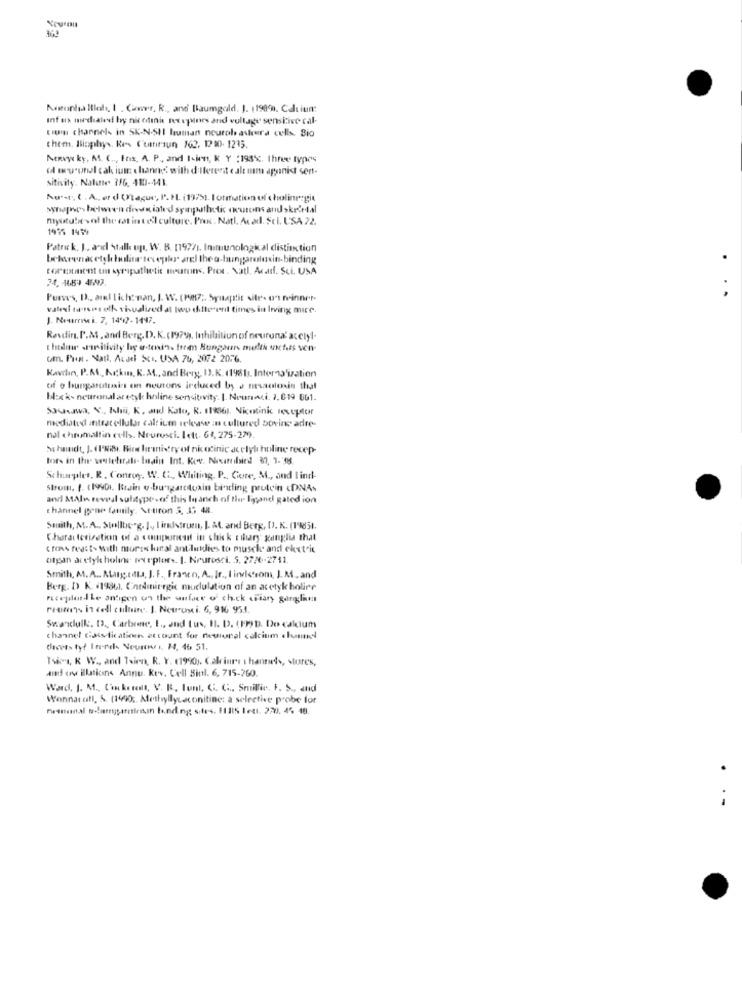
Noronha Blah, I . Cimr. R ., and [taumgold. J. 11989). Calcium:
Inf ux mirdales by nicolini retepines and vullage sensitive cal-
Liga channel- in SK-N-SHI human neurob askera cells. Bio
them. Biophys. Res Curaun 162, 12 90. 1235.
Menvye ky, M. C ., Ftiz, A. P, and Isien, K Y :198%, three types
dl myundl tak iute thannd' with different e alt mm agonist sent-
sitivity. Nalate 3/6, 410-441.
Aust. ( . A ., er d (Rague, P. HL. (19751. I ormation of cholinergic
synopnes between diviated sympathetic outons and skeletal
Miyotubntsof the cat into'l culture. Prec. Natl. Acad. Sci. USA 22.
1935 1499
Patrick. J ., and Stalk up, W. B. [1977), Inimiunological distinction
Foripiment un syripathetic neurons. Prex . Xatl. Acatf. Sci. USA
74. 1683 4647.
Purse's, D ., arel licht man, J. W. (1987 ;. Synaptit vite. 0' mvinner-
valeaf tarsie elk thyalized at two different times in living mice.
J. Neurrei. 7, 1442- 1447.
Resdin. P.M. and Berg. D. K. (1979), Inhibition of neuruna' acclyl-
theditw suritivity he e-tend". frem Bungaur melth unetais sen-
om. Prot. Natl, Avdel Sci. USA 76, 2072 2076
Kavelin, P.A ., Kckmn, K. A ., and Berg, I).K. 11981). Interw3'ization
of o bungarotuains en neurons induced by s nesaotoxin that
box k- neuronal aretyle haline sensitivity. |. Neunaci. 7. 619 661.
53usawa, Y ., Ichi, K, and Kato, R. 1186y, Nicotinic receptor
mediated intracellular caltium release in cultured bovine adre-
nal chrumaltin cells. Neurosci. lett. 68, 275-279
> hanet, J. (l'Nili. Birs hranistry of nicotinic ac elythline recep-
Schurples, R. Conroy, W. C ., Whiting. P ., Gore, M ., and Iind-
strom. I. (19901. Brain v-bungarotoxin biling protein <DNA-
and MAln reveal subtypes of this In anch of the ligand gated ion
thannel gone family. \t-tiron 5, 35 48.
Smith, M.A ., Stellte"g. J ., lindstrom, J. A. and Berg, [J. K. (19851.
Characterization of a computest in whisk sihary ganglia that
trins rejst> With mores kanal antilutdies to musch. and chetrit
ofgan ar elyk holinr receptors. I. Neurosci. 5. 27/6-2711.
Smith, M.A ., Margarita, J. F ., Franco, A, Jr ., 1 indesom, J. M, and
Berg. D. K. (1984). Cnodiniergic muclulation of an acetyk holire
nicepilot-ILe antigen un the auface of chick Fiary garglimt
reum's in cell culture. J. Neuroni. 6, 916 953.
Swanclulk. D ., Carbone, L ., and tus, I. D. (PP)D. Do calcium
channel Casefication account for neuronel calcium channel
decets ty! Inrds Neurow .. 14, 46 51.
Tsims, K W ., and Tien, R. Y. (1990). Calcium thanneds, stores,
and ov illaticins Annu. Kev. Cell Biol. 6, 715-760.
Ward, J. M ., Con kerett, V. R. Iunt. G. C ., Smillie, F. S ., and
Wonnarafl, &. (1490 ;. Alethyllycaconitine: a selective probe for
.